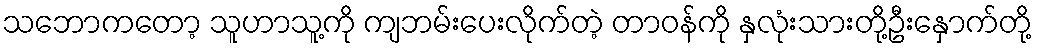
သဘောကတော့ သူဟာသူ့ကို ကျဘမ်းပေးလိုက်တဲ့ တာဝန်ကို နှလုံးသားတို့ဦးနှောက်တို့